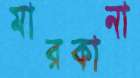
মারকানা